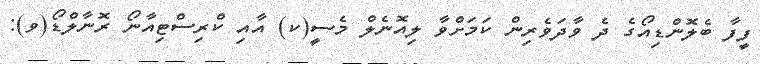
ފީފާ ބެލޮންޑިއޯގެ ދެ ވާދަވެރިން ކަމަށްވާ ލިއޮނެލް މެސީ(ކ) އާއި ކްރިސްޓިއާނޯ ރޮނާލްޑޯ(ވ):